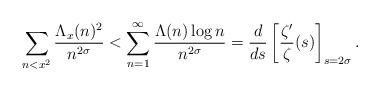
LaTeX: \begin{align*} \sum_{n<x^2} \frac{\Lambda_x(n)^2}{n^{2\sigma}} &< \sum_{n=1}^\infty \frac{\Lambda(n)\log n}{n^{2\sigma}} = \frac{d}{ds} \left[ \frac{\zeta'}{\zeta}(s) \right]_{s=2\sigma}.\end{align*}